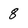
Character: 8